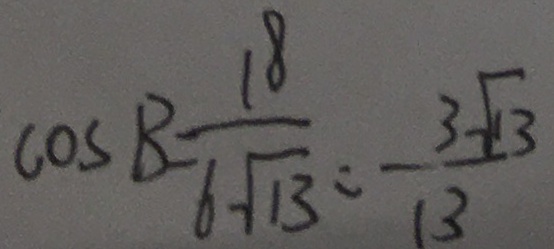
\cos B = \frac { 1 8 } { 6 \sqrt { 1 3 } } = \frac { 3 \sqrt { 1 3 } } { 1 3 }